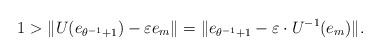
LaTeX: \begin{align*} 1 > \| U(e_{\theta^{-1}+1}) - \varepsilon e_m \| = \| e_{\theta^{-1}+1} - \varepsilon \cdot U^{-1}(e_m) \|. \end{align*}